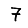
Digit: 7